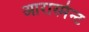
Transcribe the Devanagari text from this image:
आरास्मेन्ट